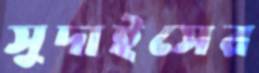
সুদাইসের